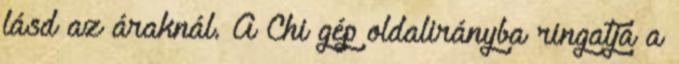
lásd az áraknál. A Chi gép oldalirányba ringatja a